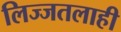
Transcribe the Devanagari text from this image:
लिज्जतलाही